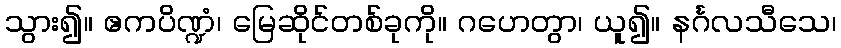
သွား၍။ ဧကပိဏ္ဍံ၊ မြေဆိုင်တစ်ခုကို။ ဂဟေတွာ၊ ယူ၍။ နင်္ဂလသီသေ၊